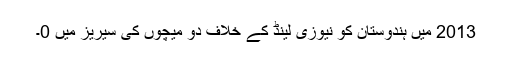
2013 میں ہندوستان کو نیوزی لینڈ کے خلاف دو میچوں کی سیریز میں 0۔